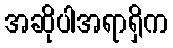
အဆိုပါအရာရှိက